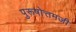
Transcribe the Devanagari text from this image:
पुरूषोत्तमजी